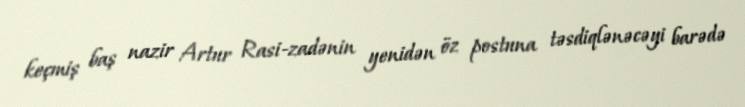
keçmiş baş nazir Artur Rasi-zadənin yenidən öz postuna təsdiqlənəcəyi barədə